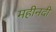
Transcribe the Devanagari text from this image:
महीनदी